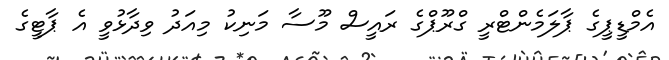
އެމްޑީޕީގެ ޕާލަމެންޓްރީ ގްރޫޕްގެ ރައީސް މޫސާ މަނިކު މިއަދު ވިދާޅުވީ އެ ޕާޓީގެ